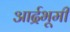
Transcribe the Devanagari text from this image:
आर्द्रभूमी